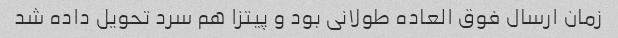
زمان ارسال فوق العاده طولانی بود و پیتزا هم سرد تحویل داده شد